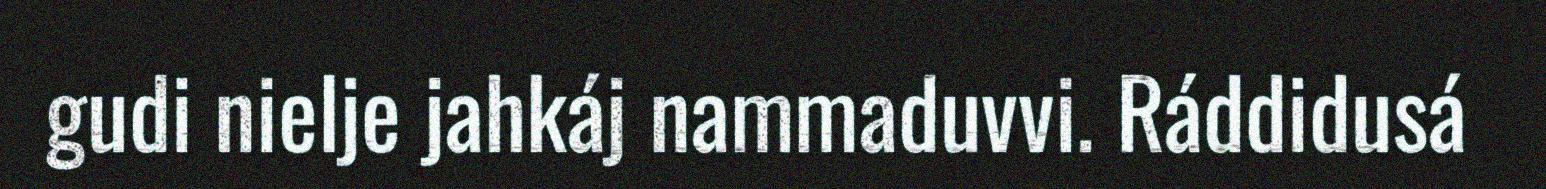
gudi nielje jahkáj nammaduvvi. Ráddidusá